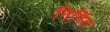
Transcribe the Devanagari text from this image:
निर्मित